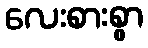
လေးစားစွာ